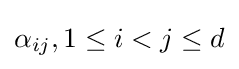
\alpha _{ij},1\leq i<j\leq d